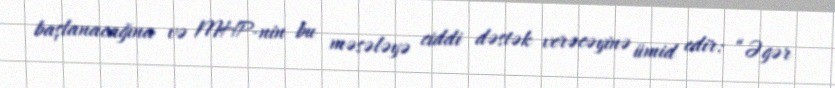
başlanacağına və MHP-nin bu məsələyə ciddi dəstək verəcəyinə ümid edir: “Əgər